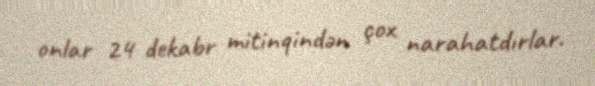
onlar 24 dekabr mitinqindən çox narahatdırlar.